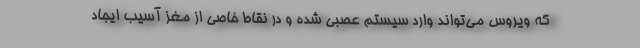
که ویروس می‌تواند وارد سیستم عصبی شده و در نقاط خاصی از مغز آسیب ایجاد